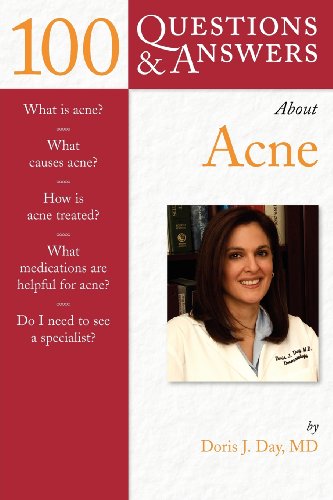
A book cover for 100 Questions & Answers About Acne; Doris J. Day; Health, Fitness & Dieting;